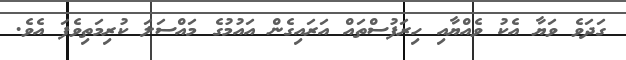
ގަދަވެ ވަޔާ އެކު ވެއްޔާއި ހިރަފުސްތައް އަރައިގެން އައުމުގެ މައްސަލަ ކުރިމަތިވެފަ އެވެ.